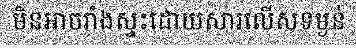
មិនអាចរាំងស្ទះដោយសារលើសទម្ងន់